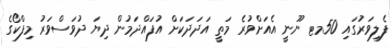
ފެލިވަރުގައި 50މޓ ނޫނީ އެއަށްވުރެ މަތީ އަދަދަކަށް އުފައްދަމުން ދިޔަ ދުވަސްވަރު މިފްކޯގެ